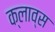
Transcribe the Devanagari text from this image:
क्लाव्स